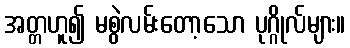
အတ္တဟူ၍ မစွဲလမ်းတော့သော ပုဂ္ဂိုလ်များ။